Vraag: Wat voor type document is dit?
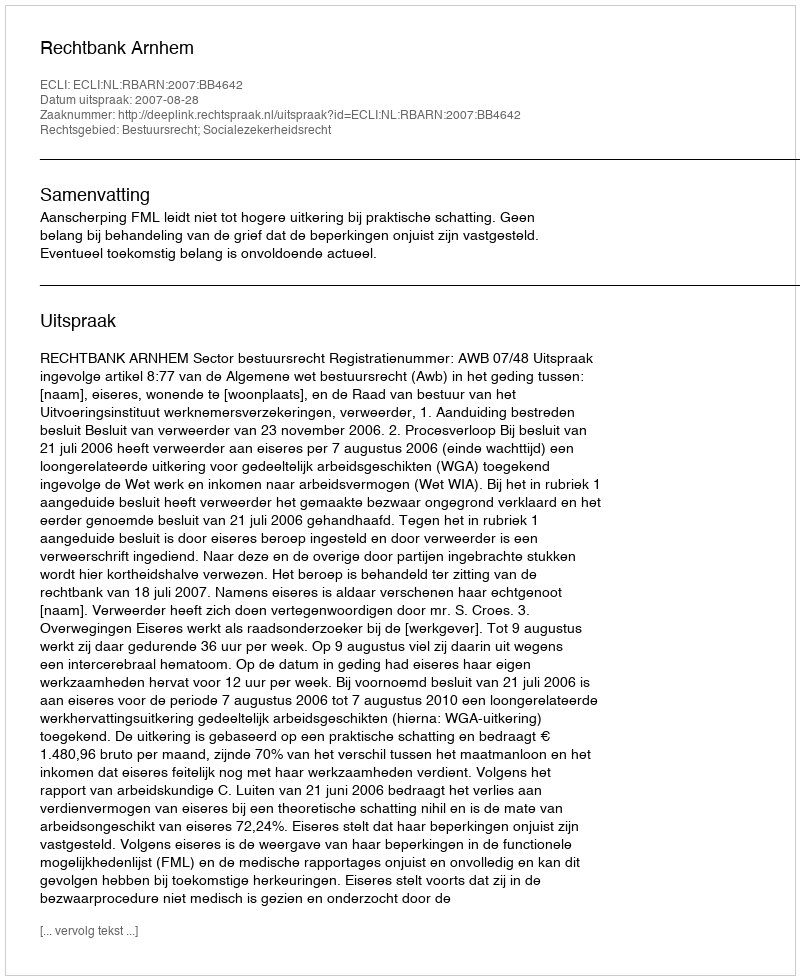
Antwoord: Uitspraak